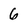
Character: 6